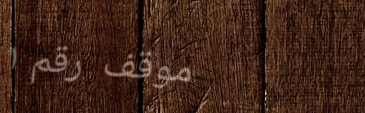
موقف رقم ١